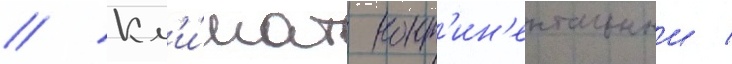
// Кл'и́мат конт'ин'ентальныи /